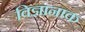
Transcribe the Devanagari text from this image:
विज्ञानाक